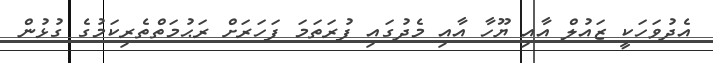
އެދުވަހަކީ ޒައުލް އާއި ޔޫހާ އާއި މެދުގައި ފުރަތަމަ ފަހަރަށް ރަޙުމަތްތެރިކަމުގެ ގުޅުން